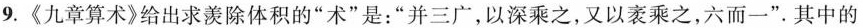
9.《九章算术》给出求羡除体积的”术”是：”并三广，以深乘之，又以袤乘之，六而一”。其中的